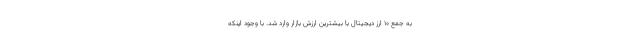
به جمع ۱۰ ارز دیجیتال با بیشترین ارزش بازار وارد شد. با وجود اینکه